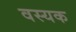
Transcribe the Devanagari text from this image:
वस्यक